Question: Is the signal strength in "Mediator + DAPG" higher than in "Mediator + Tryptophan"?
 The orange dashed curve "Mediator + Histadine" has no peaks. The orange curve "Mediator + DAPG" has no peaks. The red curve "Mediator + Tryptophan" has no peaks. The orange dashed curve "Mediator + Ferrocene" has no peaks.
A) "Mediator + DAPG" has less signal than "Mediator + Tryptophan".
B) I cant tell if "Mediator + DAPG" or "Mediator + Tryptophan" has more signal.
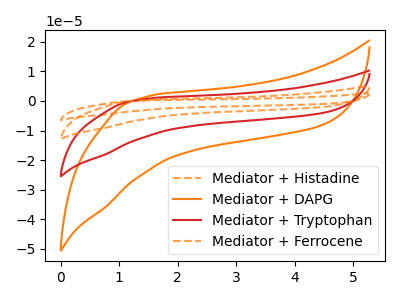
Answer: <think>Neither "Mediator + DAPG" or "Mediator + Tryptophan" have any peaks.
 </think>
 <answer>B) I cant tell if "Mediator + DAPG" or "Mediator + Tryptophan" has more signal.</answer>
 <eval>B</eval>